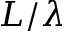
L / \lambda